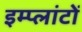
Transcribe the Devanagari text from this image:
इम्प्लांटों